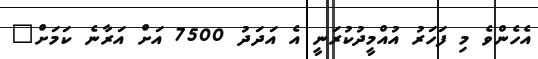
އެހެންވެ މި ފަހަރު އުއްމީދުކުރަނީ އެ އަދަދު 7500 އަށް އަރާނެ ކަމަށް"